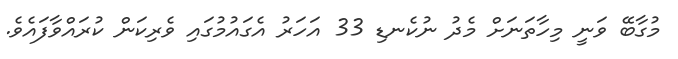
މުގާބޭ ވަނީ މިހާތަނަށް މެދު ނުކެނޑި 33 އަހަރު އެގައުމުގައި ވެރިކަން ކުރައްވާފައެވެ.